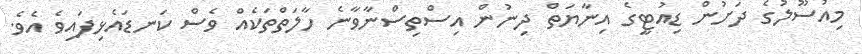
މިއުސޫލުގެ ދަށުން ޑިއުޓީގެ އިނާޔަތް ދިނުން އިސްތިސްނާވާނެ ހާލަތްތަކެއް ވެސް ކަނޑައެޅިފައިވެ އެވެ.